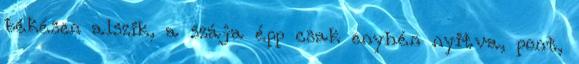
békésen alszik, a szája épp csak enyhén nyitva, pont,